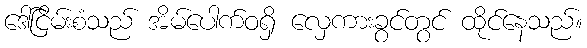
ဒေါ်ငြိမ်းစံသည် အိမ်ပေါက်ဝရှိ လှေကားခွင်တွင် ထိုင်နေသည်။